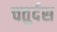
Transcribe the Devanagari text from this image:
चतुर्दस